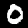
Label: 0